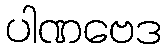
ပါဏဗေဒ